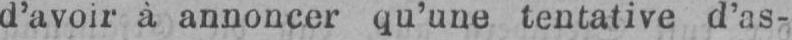
d’avoir à annoncer qu’une tentative d’as-